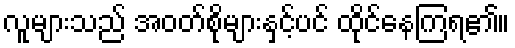
လူများသည် အဝတ်စိုများနှင့်ပင် ထိုင်နေကြရ၏။